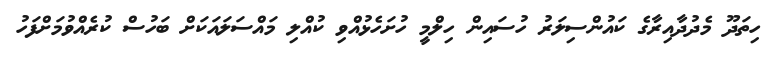
ހިތަދޫ މެދުދާއިރާގެ ކައުންސިލަރު ހުސައިން ހިލްމީ ހުށަހެޅުއްވި ކުއްލި މައްސަލައަކަށް ބަހުސް ކުރެއްވުމަށްފަހު